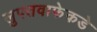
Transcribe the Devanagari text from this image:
लुफ्तवाफेकडे